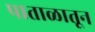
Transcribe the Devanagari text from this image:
पाताळातून